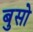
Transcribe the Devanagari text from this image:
बुसो